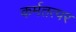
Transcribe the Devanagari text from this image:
कर्मतत्पर